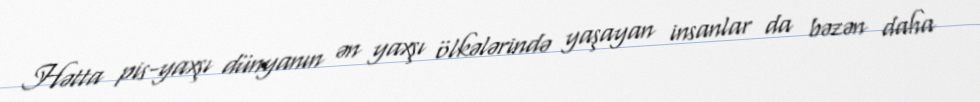
Hətta pis-yaxşı dünyanın ən yaxşı ölkələrində yaşayan insanlar da bəzən daha